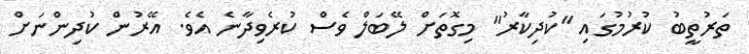
ތަރުތީބު ކުރުމުގައި "ކުދިކާރު" މިގޮތަށް ލޭބަލް ވެސް ކުރެވިދާނެ އެވެ. އޭރުން ކުދިންނަށް